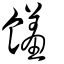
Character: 饈